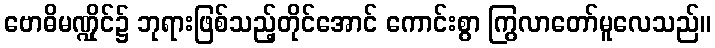
ဗောဓိမဏ္ဍိုင်၌ ဘုရားဖြစ်သည့်တိုင်အောင် ကောင်းစွာ ကြွလာတော်မူလေသည်။